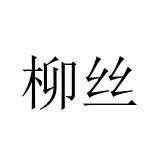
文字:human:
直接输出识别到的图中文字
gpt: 柳丝